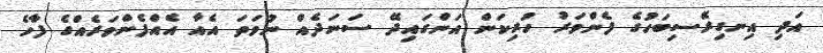
އަދި އިނގިރޭސިބަހުގެ ފެންވަރު ހުރިކަން އަންގައިދޭ ސަނަދެއް ނުވަތަ އެއާ އެއްފެންވަރެއްގެ ފާހެ